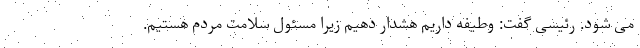
می شود. رئیسی گفت: وطیفه داریم هشدار دهیم زیرا مسئول سلامت مردم هستیم.